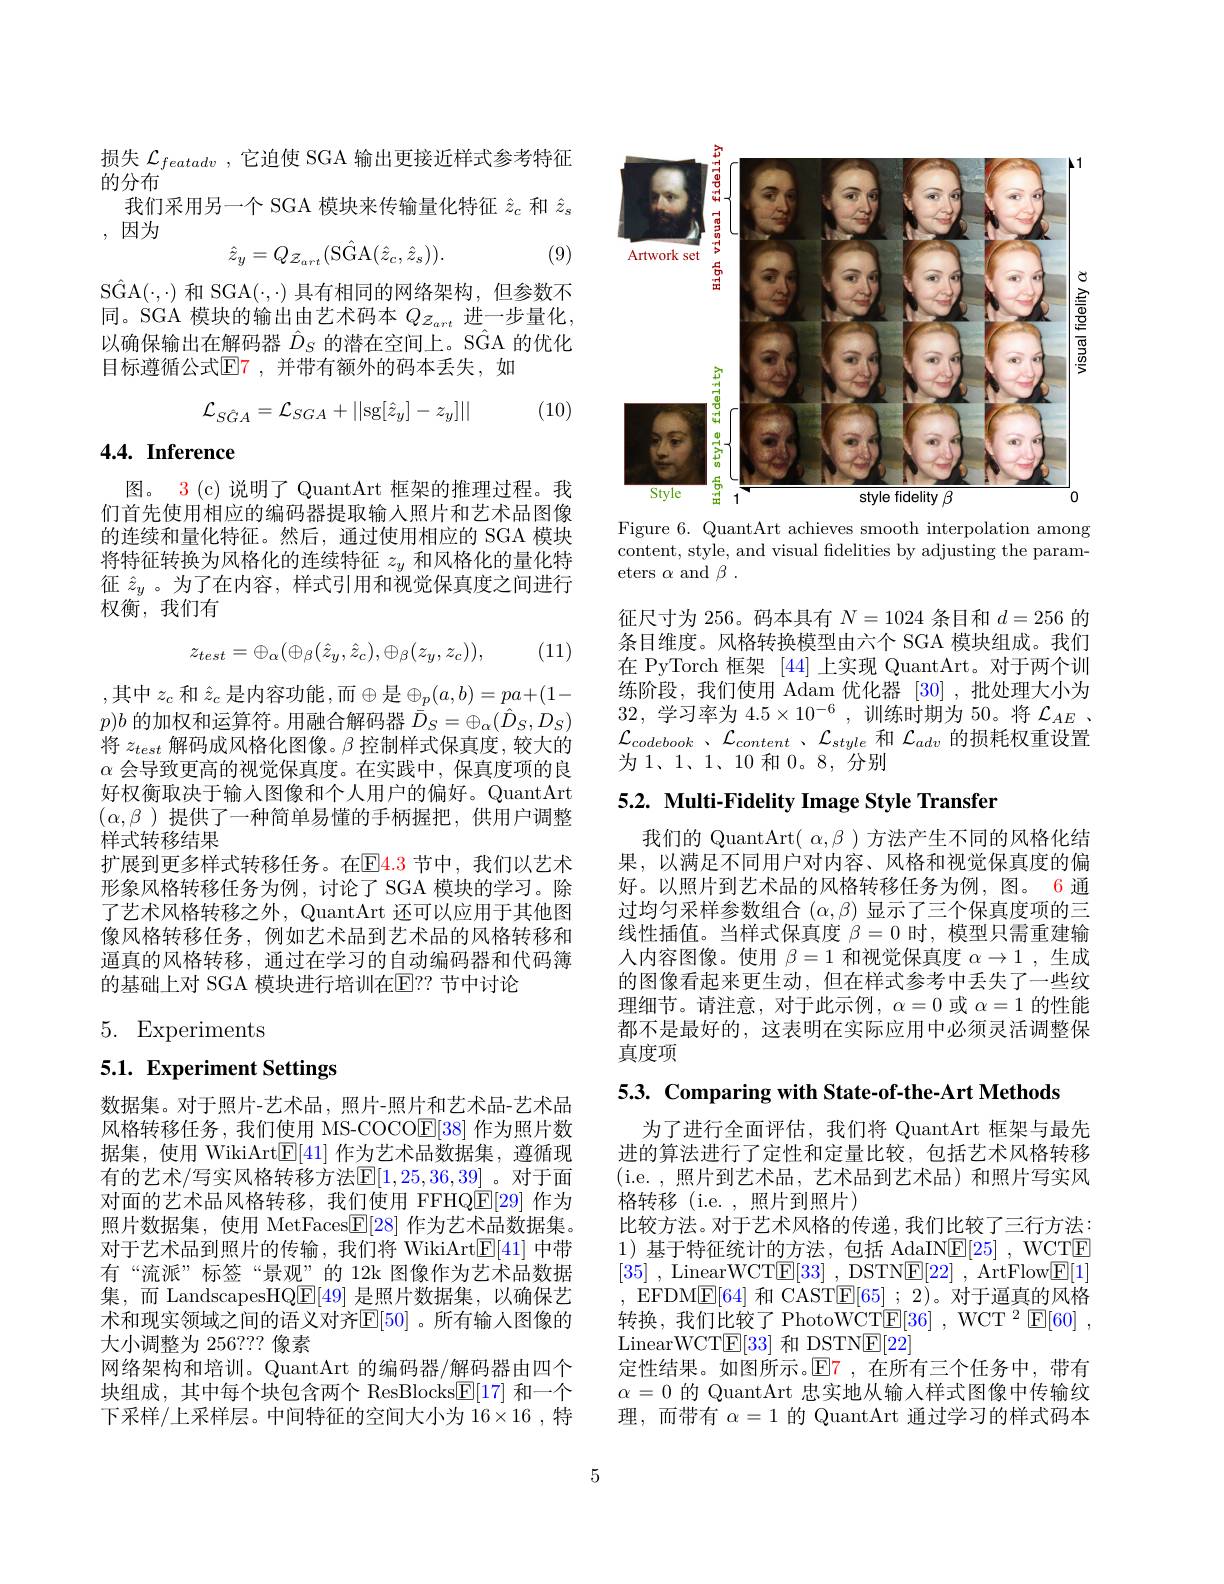
损失$\mathcal{L}_{featadv}$ ,它迫使 SGA 输出更接近样式参考特征
的分布
我们采用另一个 SGA 模块来传输量化特征$\hat{z}_c$和$\hat{z}_s$
,因为
$$\hat{z}_{y}=Q_{\mathcal{Z}_{art}}(\mathrm{SGA}(\hat{z}_{c},\hat{z}_{s})).$$
(9)

S$\hat{\mathrm{GA}}(\cdot,\cdot)$和 SGA$(\cdot,\cdot)$具有相同的网络架构，但参数不同。SGA 模块的输出由艺术码本 $Qz_{art}$ 进一步量化， 以确保输出在解码器$\hat{D}_S$的潜在空间上。SGA 的优化目标遵循公式$\mathbb{E}$7,并带有额外的码本丢失，如
$$\mathcal{L}_{S\hat{G}A}=\mathcal{L}_{SGA}+||\mathrm{sg}[\hat{z}_y]-z_y]||$$
(10)

## 4.4. Inference

图。3 (c) 说明了 QuantArt 框架的推理过程。我们首先使用相应的编码器提取输入照片和艺术品图像的连续和量化特征。然后，通过使用相应的 SGA 模块将特征转换为风格化的连续特征$z_y$和风格化的量化特征$\hat{z}_y$ 。为了在内容，样式引用和视觉保真度之间进行权衡，我们有

(11)
$$z_{test}=\oplus_\alpha(\oplus_\beta(\hat{z}_y,\hat{z}_c),\oplus_\beta(z_y,z_c)),$$
,其中 $z_c$ 和 $\hat{z}_c$ 是内容功能，而$\oplus$是$\oplus_p(a,b)=pa+(1-$ $p)b$的加权和运算符。用融合解码器$\bar{\bar{D}}_S=\oplus_\alpha(\hat{D}_S,D_S)$ 将$z_{test}$解码成风格化图像。$\beta$控制样式保真度，较大的$\alpha$会导致更高的视觉保真度。在实践中，保真度项的良好权衡取决于输入图像和个人用户的偏好。QuantArt $(\alpha,\beta)$提供了一种简单易懂的手柄握把，供用户调整样式转移结果
扩展到更多样式转移任务。在$\color{red}{\mathrm{E}}\color{red}{\mathrm{4.3}}$ 节中，我们以艺术形象风格转移任务为例，讨论了 SGA 模块的学习。除了艺术风格转移之外，QuantArt 还可以应用于其他图像风格转移任务，例如艺术品到艺术品的风格转移和逼真的风格转移，通过在学习的自动编码器和代码簿的基础上对 SGA 模块进行培训在$\mathbb{E}$??节中讨论

# 5. Experiments

# 5.1. Experiment Settings

数据集。对于照片-艺术品，照片-照片和艺术品-艺术品风格转移任务，我们使用 MS-COCO$\underline{\mathrm{E}}[38]$作为照片数据集，使用 WikiArt$\mathbb{E}[41]$作为艺术品数据集，遵循现有的艺术/写实风格转移方法$\mathbb{E}[1,25,36,39]$。对于面对面的艺术品风格转移，我们使用 FFHQ$\mathbb{E}[29]$作为照片数据集，使用 MetFaces$\mathbb{E}[28]$作为艺术品数据集。对于艺术品到照片的传输，我们将 WikiArt$\underline{\mathrm{E}}[41]$中带有“流派”标签“景观”的 12k 图像作为艺术品数据集，而 LandscapesHQ$\underline{\mathrm{E}}[49]$是照片数据集，以确保艺术和现实领域之间的语义对齐$\mathbb{E}[50]$ 。所有输人图像的大小调整为 256???像素
网络架构和培训。QuantArt 的编码器/解码器由四个块组成，其中每个块包含两个 ResBlocks$\underline{\mathrm{E}}[17]$和一个下采样/上采样层。中间特征的空间大小为 16×16,特

<FigureHere>

Figure 6. QuantArt achieves smooth interpolation among content, style, and visual fidelities by adjusting the parameters $\alpha$ and $\beta$

征尺寸为 256。码本具有$N=1024$条目和$d=256$的条目维度。风格转换模型由六个 SGA 模块组成。我们在 PyTorch 框架[44]上实现 QuantArt。对于两个训练阶段，我们使用 Adam 优化器[30] ,批处理大小为32,学习率为$4.5\times10^-6$,训练时期为 50。将$\mathcal{L}_AE$ 、 $\mathcal{L} _{codebook}$ , $\mathcal{L} _{content}$ , $\mathcal{L} _{style}$和$\mathcal{L}_adv$的损耗权重设置为1、1、1、10和0。8,分别

## 5.2. Multi-Fidelity Image Style Transfer

我们的 QuantArt( $\alpha,\beta$ ) 方法产生不同的风格化结果，以满足不同用户对内容、风格和视觉保真度的偏好。以照片到艺术品的风格转移任务为例，图。6 通过均匀采样参数组合$(\alpha,\beta)$显示了三个保真度项的三线性插值。当样式保真度$\beta=0$时，模型只需重建输人内容图像。使用$\beta=1$和视觉保真度$\alpha\to1$ ,生成的图像看起来更生动，但在样式参考中丢失了一些纹理细节。请注意，对于此示例$,\alpha=0$或$\alpha=1$的性能都不是最好的，这表明在实际应用中必须灵活调整保真度项

5.3. Comparing with State-of-the-Art Methods

为了进行全面评估，我们将 QuantArt 框架与最先进的算法进行了定性和定量比较，包括艺术风格转移( i. e. , 照 片 到 艺 术 品 , 艺 术 品 到 艺 术 品 ) 和 照 片 写 实 风 格转移(i.e.,照片到照片)
比较方法。对于艺术风格的传递，我们比较了三行方法： 1)基于特征统计的方法，包括 AdaIN$\underline{\mathrm{E}}[25]$, WCTE [35] , LinearWCT$\underline {\mathrm{E} }[ 33]$ , DSTN$\underline {\mathrm{E} }[ 22]$ , ArtFlow$\underline{\mathrm{E}}[1]$ ,EFDM$\underline{\mathrm{E}}[64]$和 CAST$\underline{\mathrm{E}}[65]$ ; 2)。对于逼真的风格转换，我们比较了 PhotoWCT$\boxed{\mathrm{E} }[ 36]$ , WCT $^2\boxed{\mathrm{E} }[ 60]$ , LinearWCTE[33]和 DSTNE[22]
定性结果。如图所示。$\mathbb{E}$7,在所有三个任务中，带有$\alpha=0$的 QuantArt 忠实地从输入样式图像中传输纹理，而带有$\alpha=1$的 QuantArt 通过学习的样式码本

5